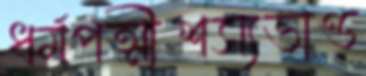
ধর্মপত্মীশস্যভাণ্ড